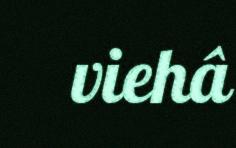
viehâ